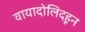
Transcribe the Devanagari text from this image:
वायादोलिदहून